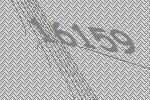
16159